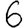
Digit: 6